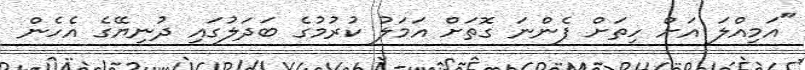
"އަމިއްލަ އަށް ހިތަށް ފެންނަ ގޮތަށް އަމަލު ކުރުމުގެ ބަދަލުގައި ދުނިޔޭގެ އެހެން